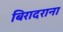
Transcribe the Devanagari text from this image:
बिरादराना